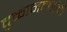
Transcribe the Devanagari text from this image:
दुकानदारांची